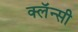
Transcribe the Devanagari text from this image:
क्लॅन्सी